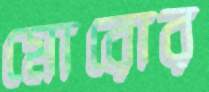
মোরোর